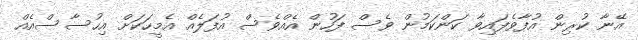
އޭނާ ކުރިން އުފާވެފައިވާ ކަންކަމުން ވެސް ފަހުން އެއްވެސް އުފަލެއް އެމީހަކަށް އިހުސާސްއެއް